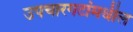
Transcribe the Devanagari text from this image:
उपचारगटांमधील